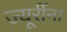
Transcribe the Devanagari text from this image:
ज्यूरींना